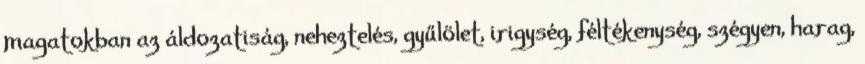
magatokban az áldozatiság, neheztelés, gyűlölet, irigység, féltékenység, szégyen, harag,